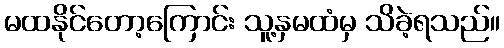
မထနိုင်တော့ကြောင်း သူ့နှမထံမှ သိခဲ့ရသည်။